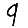
Digit: 9